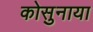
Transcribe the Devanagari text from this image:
कोसुनाया